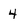
Character: 4